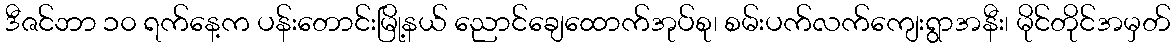
ဒီဇင်ဘာ ၁၀ ရက်နေ့က ပန်းတောင်းမြို့နယ် ညောင်ချေထောက်အုပ်စု၊ စမ်းပက်လက်ကျေးရွာအနီး၊ မိုင်တိုင်အမှတ်